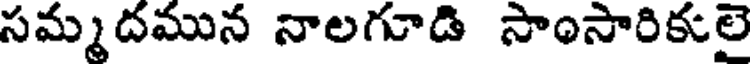
సమ్మదమున నాలగూడి సాంసారికులె